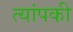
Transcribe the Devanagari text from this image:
त्यांपकी